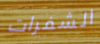
الشفرات